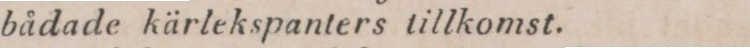
bådade kärlekspanters tillkomst.